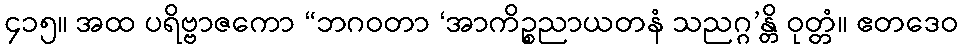
၄၁၅။ အထ ပရိဗ္ဗာဇကော “ဘဂဝတာ ‘အာကိဉ္စညာယတနံ သညဂ္ဂ’န္တိ ဝုတ္တံ။ ဧတဒေဝ